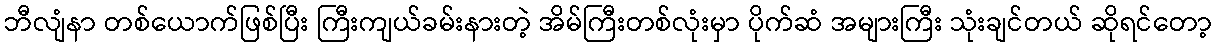
ဘီလျံနာ တစ်ယောက်ဖြစ်ပြီး ကြီးကျယ်ခမ်းနားတဲ့ အိမ်ကြီးတစ်လုံးမှာ ပိုက်ဆံ အများကြီး သုံးချင်တယ် ဆိုရင်တော့